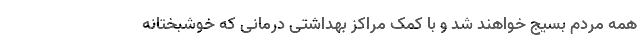
همه مردم بسیج خواهند شد و با کمک مراکز بهداشتی درمانی که خوشبختانه